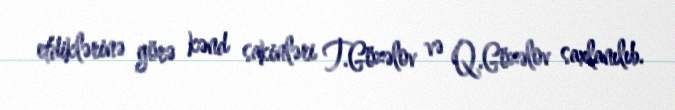
etdiklərinə görə kənd sakinləri T.Gözəlov və Q.Gözəlov saxlanılıb.